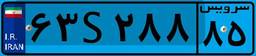
۶۳S۲۸۸۸۵